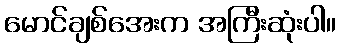
မောင်ချစ်အေးက အကြီးဆုံးပါ။